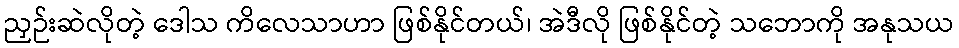
ညှဉ်းဆဲလိုတဲ့ ဒေါသ ကိလေသာဟာ ဖြစ်နိုင်တယ်၊ အဲဒီလို ဖြစ်နိုင်တဲ့ သဘောကို အနုသယ